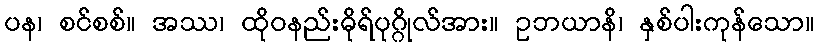
ပန၊ စင်စစ်။ အဿ၊ ထိုဝနည်းဓိုရ်ပုဂ္ဂိုလ်အား။ ဥဘယာနိ၊ နှစ်ပါးကုန်သော။